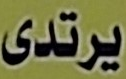
يرتدى